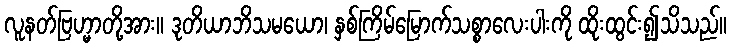
လူနတ်ဗြဟ္မာတို့အား။ ဒုတိယာဘိသမယော၊ နှစ်ကြိမ်မြောက်သစ္စာလေးပါးကို ထိုးထွင်း၍သိသည်။